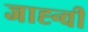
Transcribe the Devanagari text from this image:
जाह्न्वी